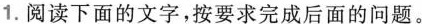
1.阅读下面的文字，按要求完成后面的问题。